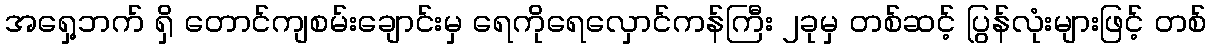
အရှေ့ဘက် ရှိ တောင်ကျစမ်းချောင်းမှ ရေကိုရေလှောင်ကန်ကြီး ၂ခုမှ တစ်ဆင့် ပြွန်လုံးများဖြင့် တစ်